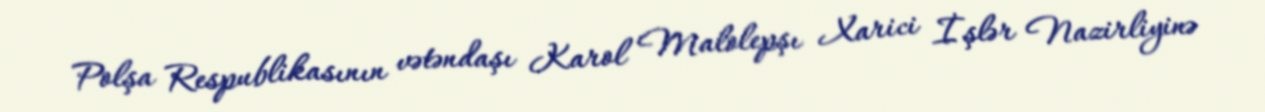
Polşa Respublikasının vətəndaşı Karol Malolepşı Xarici İşlər Nazirliyinə